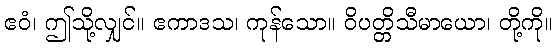
ဧဝံ၊ ဤသို့လျှင်။ ဧကာဒသ၊ ကုန်သော။ ဝိပတ္တိသီမာယော၊ တို့ကို။